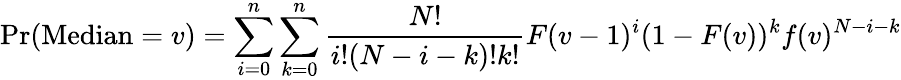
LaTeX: \operatorname*{Pr}(\operatorname{Median}=v)=\sum_{i=0}^{n}\sum_{k=0}^{n}{\frac{N!}{i!(N-i-k)!k!}}F(v-1)^{i}(1-F(v))^{k}f(v)^{N-i-k}